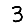
Digit: 3